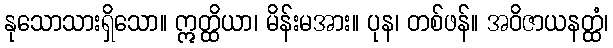
နုသောသားရှိသော။ ဣတ္ထိယာ၊ မိန်းမအား။ ပုန၊ တစ်ဖန်။ အဝိဇာယနတ္ထံ၊